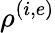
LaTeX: \rho^{(i,e)}